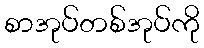
စာအုပ်တစ်အုပ်ကို